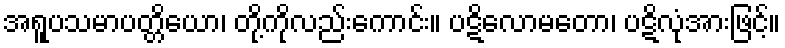
အရူပသမာပတ္တိယော၊ တို့ကိုလည်းကောင်း။ ပဋိလောမတော၊ ပဋိလုံအားဖြင့်။